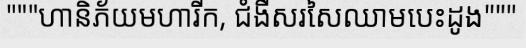
"""ហានិភ័យមហារីក, ជំងឺសរសៃឈាមបេះដូង"""